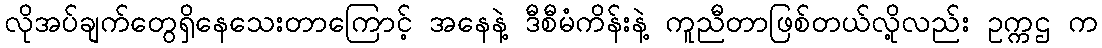
လိုအပ်ချက်တွေရှိနေသေးတာကြောင့် အနေနဲ့ ဒီစီမံကိန်းနဲ့ ကူညီတာဖြစ်တယ်လို့လည်း ဥက္ကဌ က